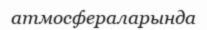
атмосфераларында